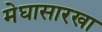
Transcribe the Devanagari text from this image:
मेघासारखा